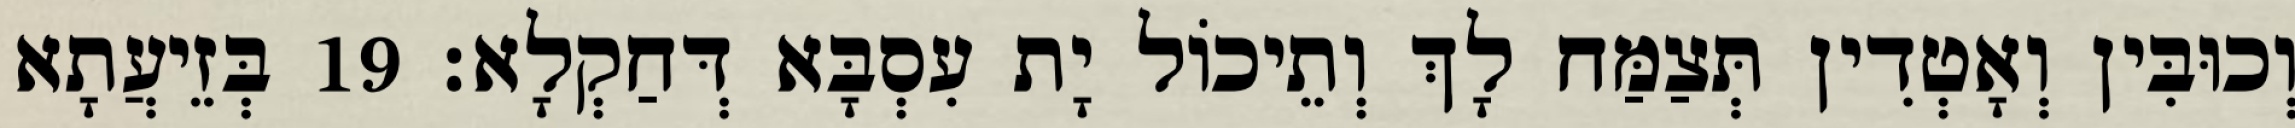
וְכוּבִּין וְאָטְדִין תְּצַמַּח לָךְ וְתֵיכוֹל יָת עִסְבָּא דְּחַקְלָא׃ 19 בְּזֵיעֲתָא